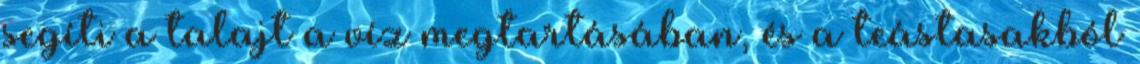
segíti a talajt a víz megtartásában, és a teástasakból